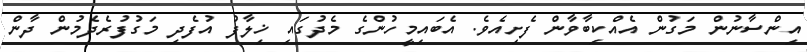
އިންސާނުން މަގުން އެއްކިބާވާން ފެށިއެވެ. އެބައިމީހުންގެ މެދުގައި ޚިލާފު އުފެދި މަގުފުރެދެމުން ދާން